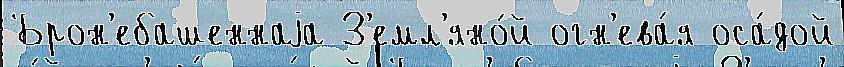
Брон'ебашеннаjа З'емл'яно́й огн'ева́я оса́дой